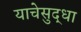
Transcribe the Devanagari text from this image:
याचेसुद्धा